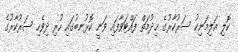
ކޮލި އަލިމަނިކު ސަރުކާރުގެ ޚިދުމަތް ފައްޓަވާފައި ވަނީ ކޮޅުނބުގައި ހުރި ދިވެހި ސަރުކާރުގެ